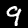
Digit: 9